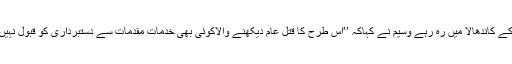
شاملی کے کاندھالا میں رہ رہے وسیم نے کہاکہ ’’اس طرح کا قتل عام دیکھنے والاکوئی بھی خدمات مقدمات سے دستبرداری کو قبول نہیں کریگا۔